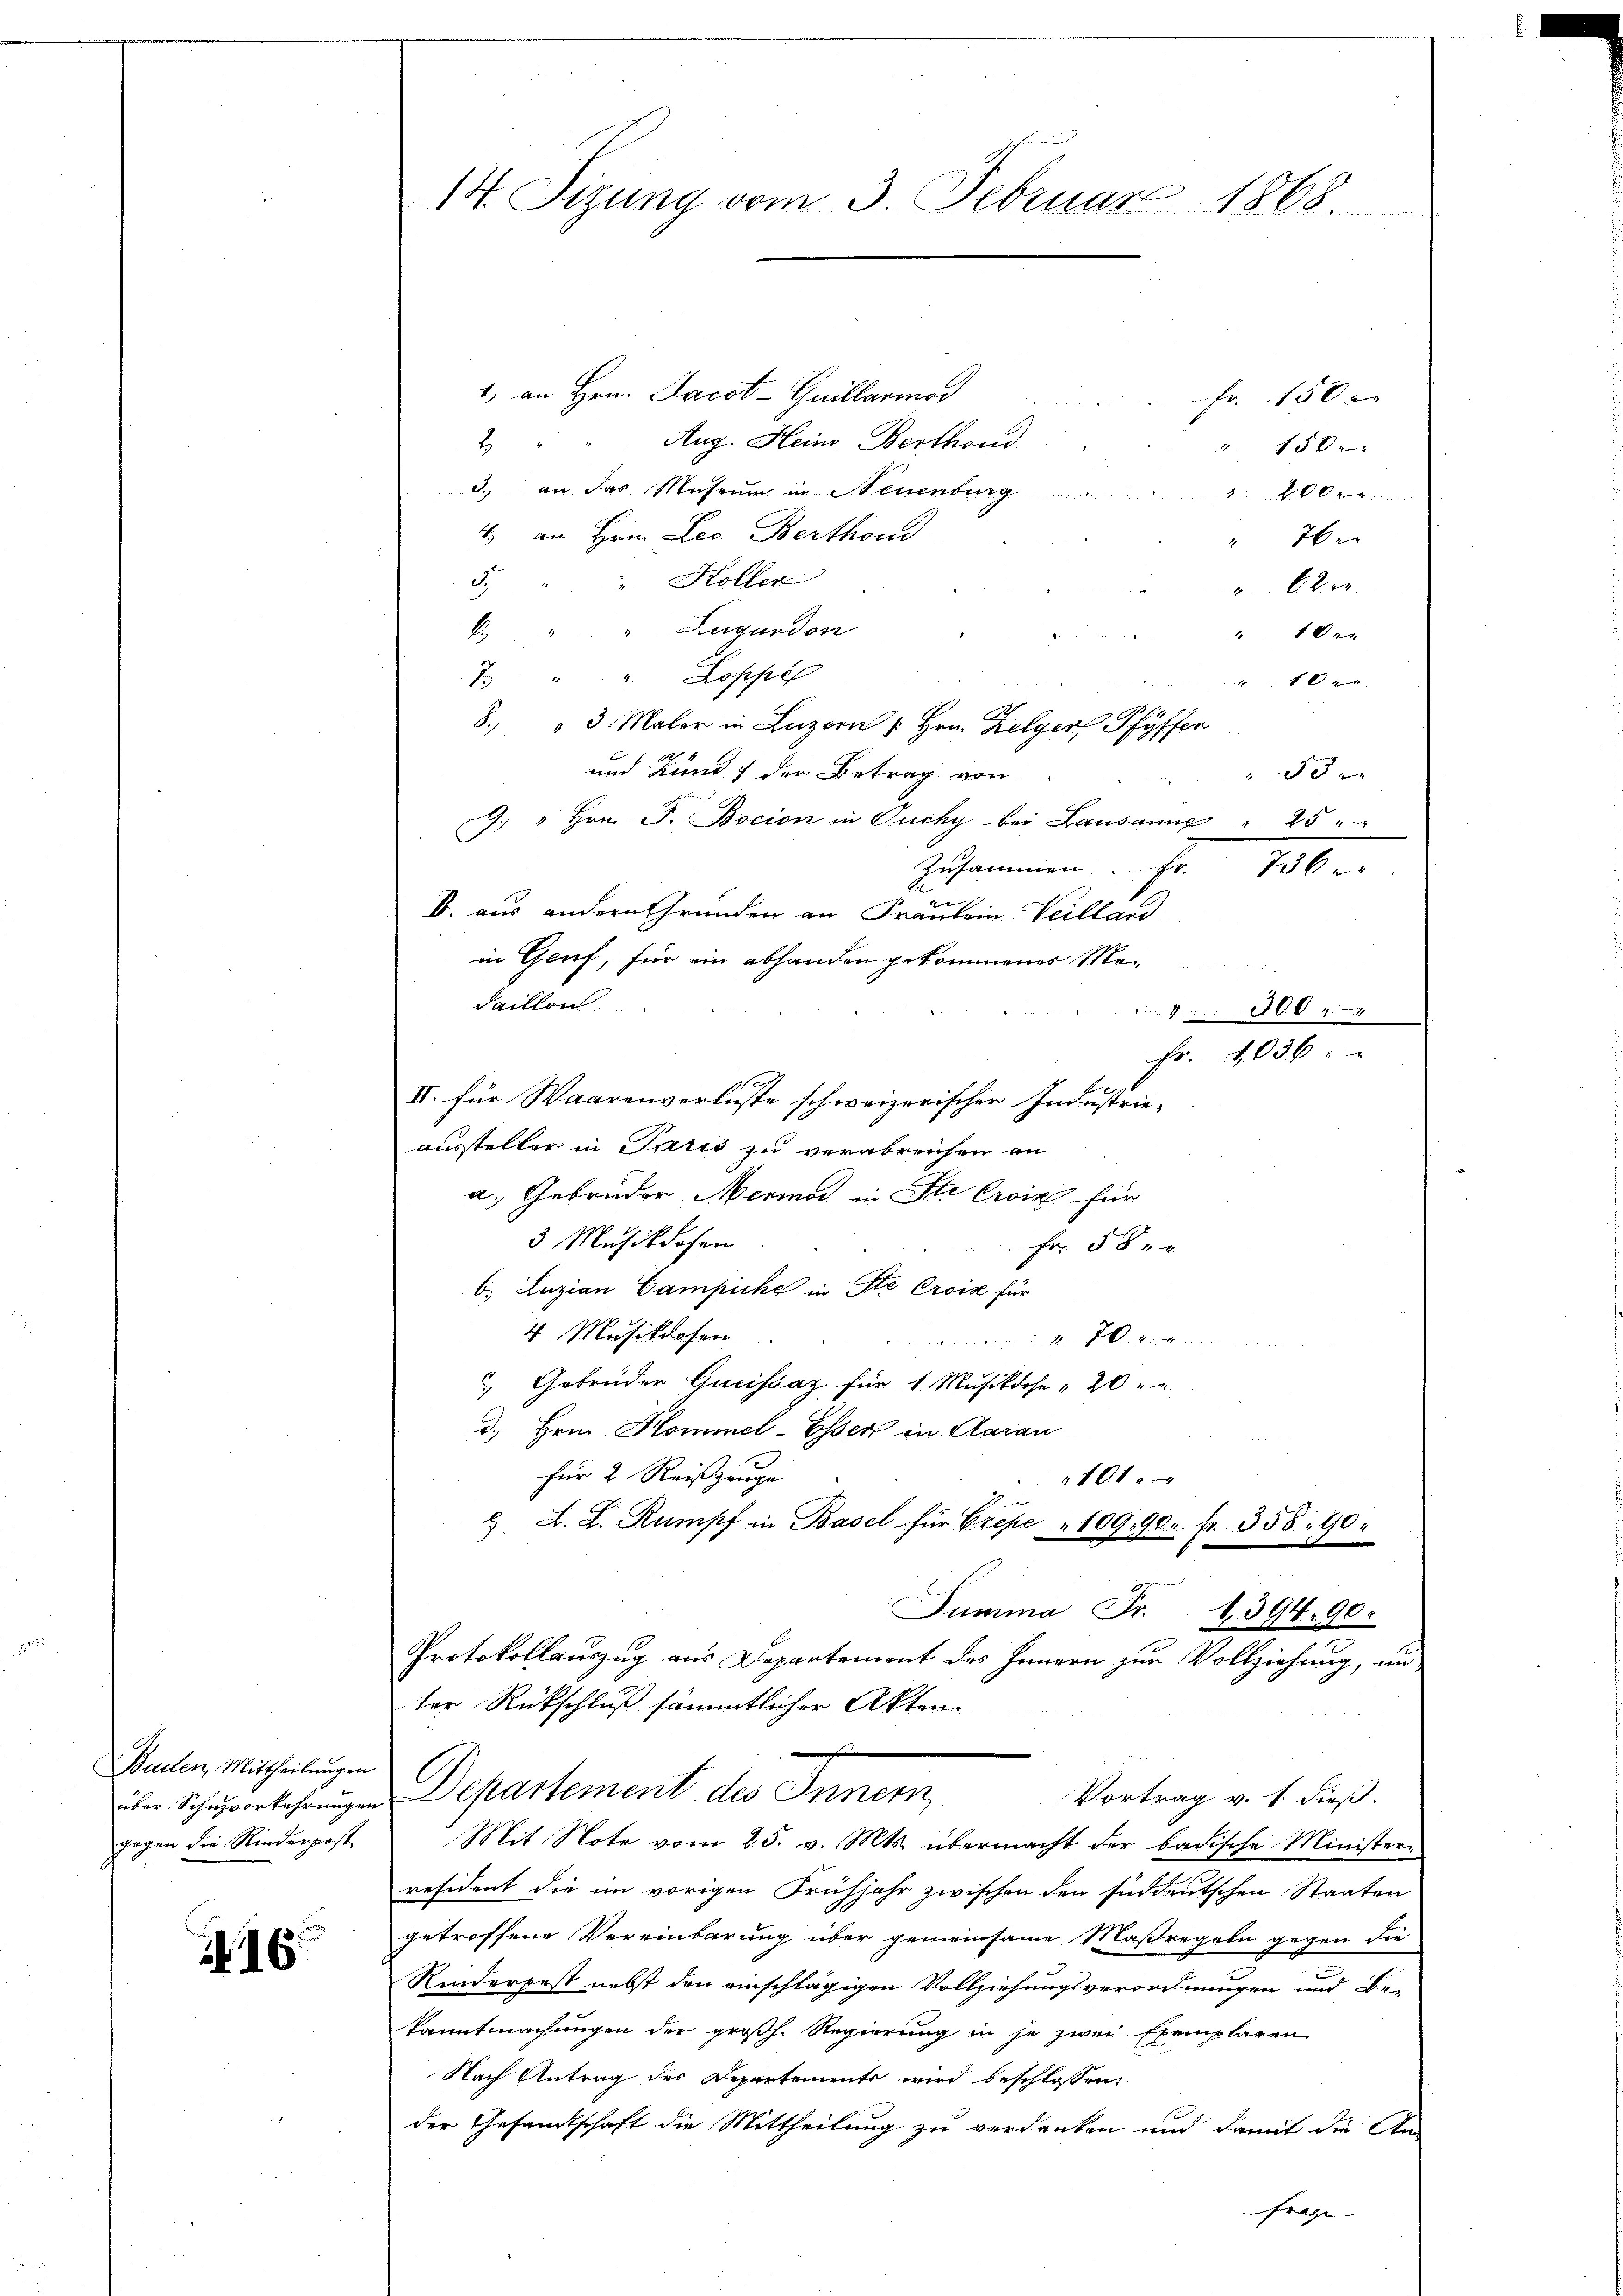
Baden, Mittheilungen
über Schnzvorkehrungen
gegen die Rinderpest.

16

14. Sizung vom 3. Februar 1868.

1) an Hrn. Jacot-Guillarmod
Fr. 150 x
2) " " Aug. Heinr. Berthoud
" 150
3. an das Museum in Neuenburg
2000
4. an Hrn. Leo Berthond
76
5. " " Höller
620.
6 " " Lugandon
1 xx
7 " " Koppel
10 x
8. " 3 Maler in Luzern u Hrn. Zelger Pfyffer
und Kund) der Betrag von
53 x
G. " Hrn. F. Bocion in Ouchy bei Lausanne " 25 " "
Zusammen
B. aus andern Grunden an Fräulein Veilland
in Genf, für ein abhanden gekommenes Me
Faillon
300
.
II. für Waarenverluste schweizerischer Industrie-
aussteller in Paris zu verabreichen an
a. Gebrüder Mermod in Str Croix für
3 Musikdosen
Fr. 584
b. Luzian Campiche in Ste Croix für
4 Musikdosen
een unten Fall von ein
 Gebrüder Quissaz für 1 Musikdose 20 " "
d. Hrn. Hommel-Essen in Aarau
für 2 Reiszeuge
101 xx
 A. L. Rumpf in Basel für Erepe " 109, 900. fr. 358. 90.
Summa Fr. 1394. 90.
Protokollauszug aus Departement des Innern zur Vollziehung, unter Rückschluß sämmtlicher Akten.
Departement die Inner,
Vortrag v. 1. dieß.
Mit Note vom 25. v. Mts. übermacht der badische Minister-
räsident die im vorigen Frühjahr zwischen den findeutschen Staaten
getroffene Vereinbarung über gemeinsame Maßregeln gegen die
Rinderfest nebst den einschlägigen Vollziehungsverordnungen und Be-
kanntmachungen der großh. Regierung in je zwei Exemplaren
Nach Antrag des Departements wird beschlossen:
der Gesandtschaft die Mittheilung zu verdanken und damit die Anfrage- |

Fr. 1036

Fr. 180.